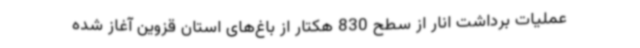
عملیات برداشت انار از سطح 830 هکتار از باغ‌های استان قزوین آغاز شده